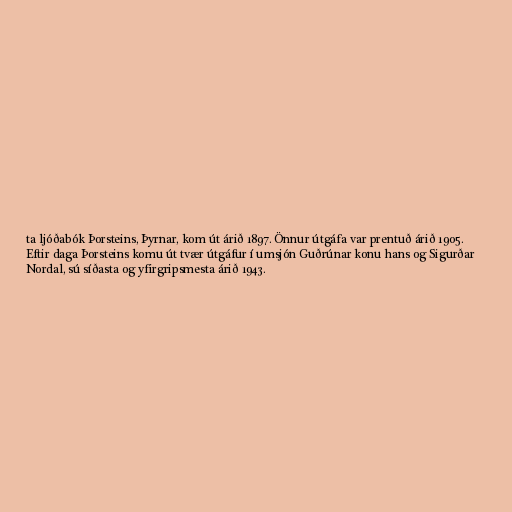
ta ljóðabók Þorsteins, Þyrnar, kom út árið 1897. Önnur útgáfa var prentuð árið 1905.
Eftir daga Þorsteins komu út tvær útgáfur í umsjón Guðrúnar konu hans og Sigurðar
Nordal, sú síðasta og yfirgripsmesta árið 1943.